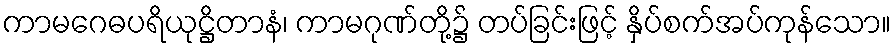
ကာမဂေဓပရိယုဋ္ဌိတာနံ၊ ကာမဂုဏ်တို့၌ တပ်ခြင်းဖြင့် နှိပ်စက်အပ်ကုန်သော။